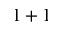
1 + 1